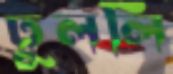
ঢুললি